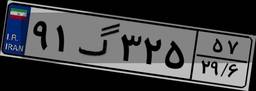
۹۱گ۳۲۵۵۷